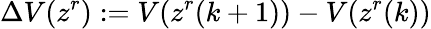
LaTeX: \Delta V(z^{r}):=V(z^{r}(k+1))-V(z^{r}(k))